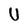
Character: U